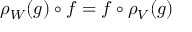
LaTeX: \rho _ { W } ( g ) \circ f = f \circ \rho _ { V } ( g )